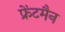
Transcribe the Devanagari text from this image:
फ्रेंटमैन